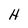
Character: H